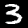
Digit: 3